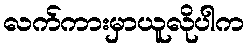
လက်ကားမှာယူလိုပါက